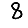
Digit: 8